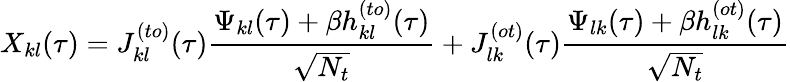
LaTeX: X_{kl}(\tau)=J_{kl}^{(to)}(\tau)\frac{\Psi_{kl}(\tau)+\beta h_{kl}^{(to)}(\tau)}{\sqrt{N_{t}}}+J_{lk}^{(ot)}(\tau)\frac{\Psi_{lk}(\tau)+\beta h_{lk}^{(ot)}(\tau)}{\sqrt{N_{t}}}